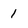
Character: 1